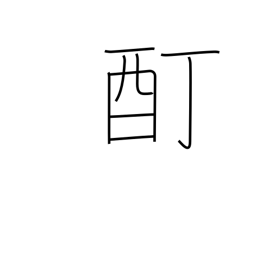
Meaning: intoxication